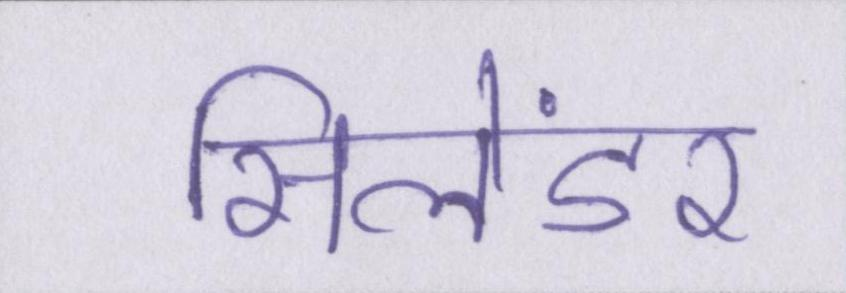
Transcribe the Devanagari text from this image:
सिलेंडर